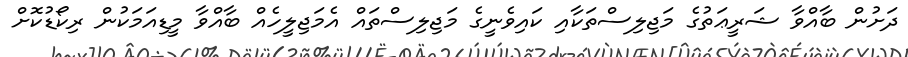
ދަށުން ބާއްވާ ޝަރީޢަތުގެ މަޖިލިސްތަކާއި ކައިވެނީގެ މަޖިލިސްތައް އެމަޖިލީހެއް ބާއްވާ މީޑިއަމަކުން ރިކޯޑުކޮށް